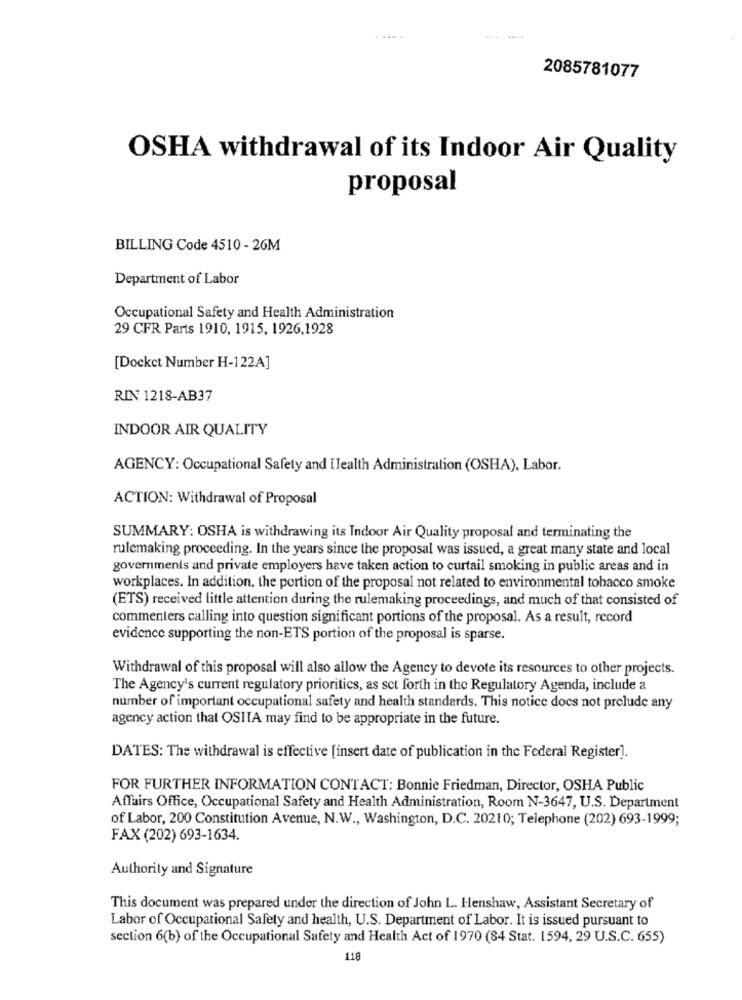
2085781077
OSHA withdrawal of its Indoor Air Quality
proposal
BILLING Code 4510 - 26M
Department of Labor
Occupational Safety and Health Administration
29 CFR Parts 1910, 1915, 1926,1928
[Docket Number H-122A]
RIN 1218-AB37
INDOOR AIR QUALITY
AGENCY: Occupational Safety and [Jealth Administration (OSHA), Labor.
ACTION: Withdrawal of Proposal
SUMMARY: OSHA is withdrawing its Indoor Air Quality proposal and terminating the
rulemaking proceeding. In the years since the proposal was issued, a great many state and local
governments and private employers have taken action to curtail smoking in public areas and in
workplaces. In addition, the portion of the proposal not related to environmental tobacco smoke
(ETS) received little attention during the rulemaking proceedings, and much of that consisted of
commenters calling into question significant portions of the proposal. As a result, record
evidence supporting the non-ETS portion of the proposal is sparse.
Withdrawal of this proposal will also allow the Agency to devote its resources to other projects.
The Agency's current regulatory prioritics, as set forth in the Regulatory Agenda, include a
number of important occupational safety and health standards. This notice docs not prelude any
agency action that OSITA may find to be appropriate in the future.
DATES: The withdrawal is effective [insert date of publication in the Federal Register].
FOR FURTHER INFORMATION CONTACT: Bonnie Friedman, Director, OSHA Public
Affairs Office, Occupational Safety and Health Administration, Room N-3647, U.S. Department
of Labor, 200 Constitution Avenue, N.W ., Washington, D.C. 20210; Telephone (202) 693-1999;
FAX (202) 693-1634.
Authority and Signature
This document was prepared under the direction of John L. Henshaw, Assistant Secretary of
Labor of Occupational Safety and health, U.S. Department of Labor. It is issued pursuant to
section 6(b) of the Occupational Safety and Health Act of 1970 (84 Stat. 1594, 29 U.S.C. 655)
118